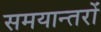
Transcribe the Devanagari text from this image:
समयान्तरों